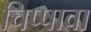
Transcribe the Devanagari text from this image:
चिप्पावा